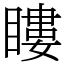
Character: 瞜